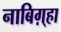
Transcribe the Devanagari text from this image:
नाबिग़्हा